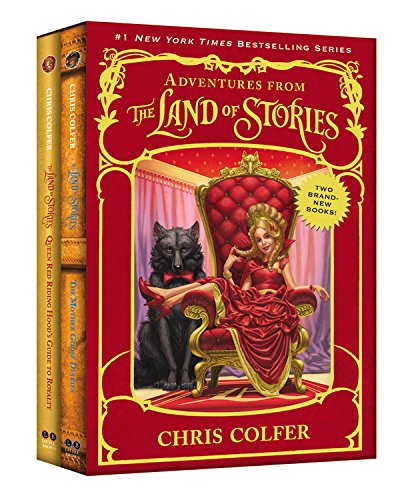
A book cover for Adventures from the Land of Stories Boxed Set: The Mother Goose Diaries and Queen Red Riding Hood's Guide to Royalty; Chris Colfer; Children's Books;